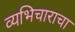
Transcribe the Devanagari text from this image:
व्यभिचाराचा